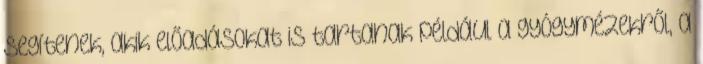
segítenek, akik előadásokat is tartanak például a gyógymézekről, a